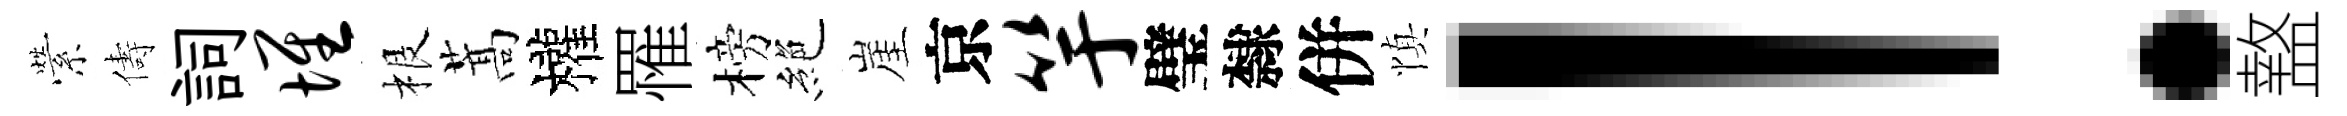
縈儔詞堆根蒿權罹榜絶崖京竽璧隸併慎！盩